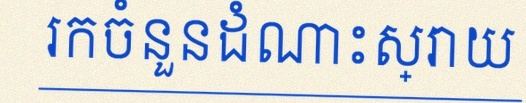
រកចំនួនដំណោះស្រាយ